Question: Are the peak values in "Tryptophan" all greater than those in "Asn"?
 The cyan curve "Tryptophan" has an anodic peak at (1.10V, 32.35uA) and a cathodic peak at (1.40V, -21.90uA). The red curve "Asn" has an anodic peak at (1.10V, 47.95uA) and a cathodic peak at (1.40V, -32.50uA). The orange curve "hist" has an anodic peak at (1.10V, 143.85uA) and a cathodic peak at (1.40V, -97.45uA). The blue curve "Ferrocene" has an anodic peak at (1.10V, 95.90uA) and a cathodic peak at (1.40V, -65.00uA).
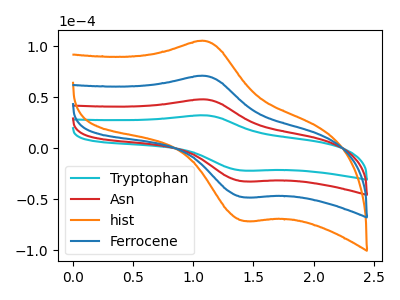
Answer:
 <answer>Every peak in "Tryptophan" is lower than every peak in "Asn".</answer>
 <eval>lower</eval>